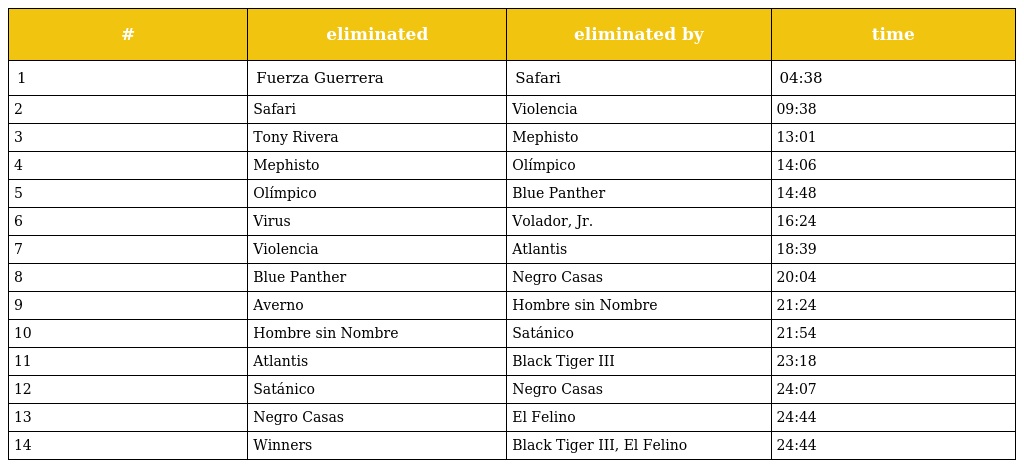
| # | eliminated | eliminated by | time |
 | --- | --- | --- | --- |
 | 1 | Fuerza Guerrera | Safari | 04:38 |
 | 2 | Safari | Violencia | 09:38 |
 | 3 | Tony Rivera | Mephisto | 13:01 |
 | 4 | Mephisto | Olímpico | 14:06 |
 | 5 | Olímpico | Blue Panther | 14:48 |
 | 6 | Virus | Volador, Jr. | 16:24 |
 | 7 | Violencia | Atlantis | 18:39 |
 | 8 | Blue Panther | Negro Casas | 20:04 |
 | 9 | Averno | Hombre sin Nombre | 21:24 |
 | 10 | Hombre sin Nombre | Satánico | 21:54 |
 | 11 | Atlantis | Black Tiger III | 23:18 |
 | 12 | Satánico | Negro Casas | 24:07 |
 | 13 | Negro Casas | El Felino | 24:44 |
 | 14 | Winners | Black Tiger III, El Felino | 24:44 |